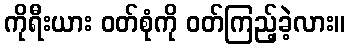
ကိုရီးယား ဝတ်စုံကို ဝတ်ကြည့်ခဲ့လား။